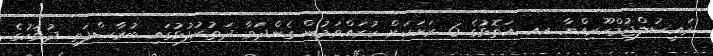
ރައީސުލްޖުމްހޫރިއްޔާ އއ އަތޮޅުގެ 6 ރަށަކަށް ކުރައްވަމުން ގެންދަވާ ދަތުރުފުޅުގައި ބުރާސްފަތި ދުވަހުގެ